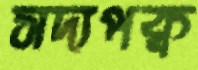
সদ্যপক্ব